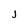
Character: j